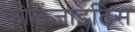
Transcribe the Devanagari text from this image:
कोलेंजाइटिस